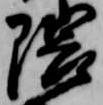
隈